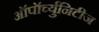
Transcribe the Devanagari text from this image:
ऑपॉर्च्युनिटीज